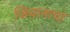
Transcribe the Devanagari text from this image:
जिवानाचा